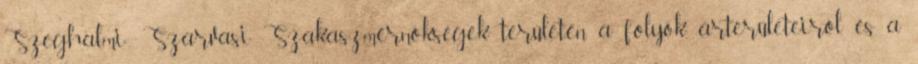
Szeghalmi-, Szarvasi Szakaszmérnökségek területén a folyók árterületeiről és a